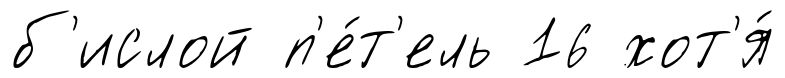
б'ислой п'е́т'ель 16 хот'я́